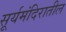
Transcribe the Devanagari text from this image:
सूर्यमंदिरातील